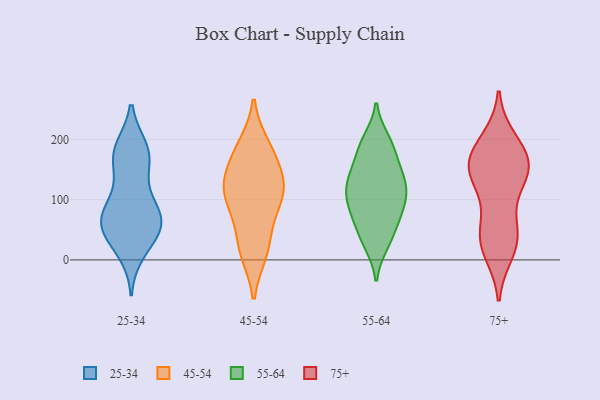
{"axis": {"x": "Gross Profit (USD K)", "y": "Value"}, "legend": ["25-34", "45-54", "55-64", "75+"], "data": [{"x": "", "y": 63, "type": "25-34"}, {"x": "", "y": 14, "type": "25-34"}, {"x": "", "y": 180, "type": "25-34"}, {"x": "", "y": 149, "type": "25-34"}, {"x": "", "y": 68, "type": "25-34"}, {"x": "", "y": 55, "type": "25-34"}, {"x": "", "y": 29, "type": "25-34"}, {"x": "", "y": 64, "type": "25-34"}, {"x": "", "y": 53, "type": "25-34"}, {"x": "", "y": 90, "type": "25-34"}, {"x": "", "y": 184, "type": "25-34"}, {"x": "", "y": 170, "type": "25-34"}, {"x": "", "y": 179, "type": "25-34"}, {"x": "", "y": 102, "type": "25-34"}, {"x": "", "y": 66, "type": "25-34"}, {"x": "", "y": 85, "type": "45-54"}, {"x": "", "y": 107, "type": "45-54"}, {"x": "", "y": 166, "type": "45-54"}, {"x": "", "y": 189, "type": "45-54"}, {"x": "", "y": 124, "type": "45-54"}, {"x": "", "y": 14, "type": "45-54"}, {"x": "", "y": 102, "type": "45-54"}, {"x": "", "y": 129, "type": "45-54"}, {"x": "", "y": 13, "type": "45-54"}, {"x": "", "y": 127, "type": "45-54"}, {"x": "", "y": 43, "type": "45-54"}, {"x": "", "y": 182, "type": "45-54"}, {"x": "", "y": 189, "type": "55-64"}, {"x": "", "y": 27, "type": "55-64"}, {"x": "", "y": 74, "type": "55-64"}, {"x": "", "y": 96, "type": "55-64"}, {"x": "", "y": 191, "type": "55-64"}, {"x": "", "y": 32, "type": "55-64"}, {"x": "", "y": 123, "type": "55-64"}, {"x": "", "y": 132, "type": "55-64"}, {"x": "", "y": 139, "type": "55-64"}, {"x": "", "y": 198, "type": "55-64"}, {"x": "", "y": 62, "type": "55-64"}, {"x": "", "y": 146, "type": "55-64"}, {"x": "", "y": 77, "type": "55-64"}, {"x": "", "y": 122, "type": "55-64"}, {"x": "", "y": 183, "type": "55-64"}, {"x": "", "y": 99, "type": "55-64"}, {"x": "", "y": 147, "type": "55-64"}, {"x": "", "y": 90, "type": "55-64"}, {"x": "", "y": 37, "type": "55-64"}, {"x": "", "y": 111, "type": "55-64"}, {"x": "", "y": 25, "type": "75+"}, {"x": "", "y": 198, "type": "75+"}, {"x": "", "y": 164, "type": "75+"}, {"x": "", "y": 56, "type": "75+"}, {"x": "", "y": 165, "type": "75+"}, {"x": "", "y": 41, "type": "75+"}, {"x": "", "y": 39, "type": "75+"}, {"x": "", "y": 14, "type": "75+"}, {"x": "", "y": 138, "type": "75+"}, {"x": "", "y": 155, "type": "75+"}, {"x": "", "y": 142, "type": "75+"}, {"x": "", "y": 189, "type": "75+"}, {"x": "", "y": 156, "type": "75+"}, {"x": "", "y": 121, "type": "75+"}]}